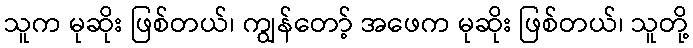
သူက မုဆိုး ဖြစ်တယ်၊ ကျွန်တော့် အဖေက မုဆိုး ဖြစ်တယ်၊ သူတို့